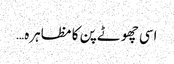
اسی چھوٹے پن کا مظاہرہ…